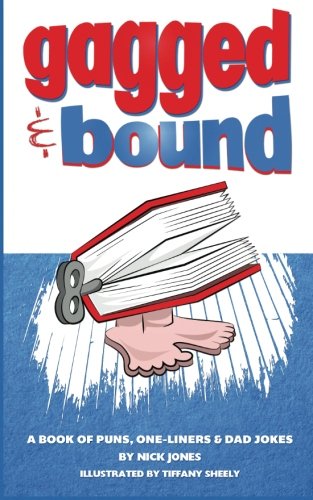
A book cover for Gagged and Bound: A book of puns, one-liners and dad jokes; Nick Jones; Humor & Entertainment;